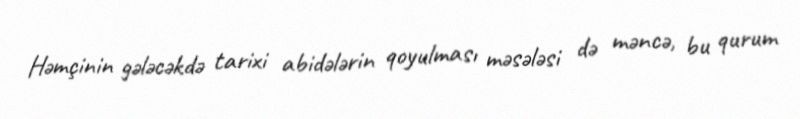
Həmçinin gələcəkdə tarixi abidələrin qoyulması məsələsi də məncə, bu qurum